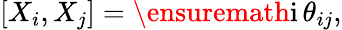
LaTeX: [X_{i},X_{j}]=\ensuremath{\mathrm{i}}\, \theta_{ij},